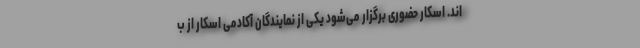
اند. اسکار حضوری برگزار می‌شود یکی از نمایندگان آکادمی اسکار از ب